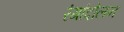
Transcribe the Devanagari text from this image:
रंगांदोलन